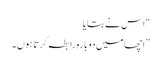
“ اس نے بتایا
” اچھا میں دو بارہ رابطہ کرتا ہوں ۔